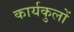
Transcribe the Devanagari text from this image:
कार्यकुलों